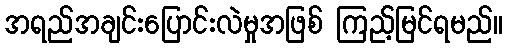
အရည်အချင်းပြောင်းလဲမှုအဖြစ် ကြည့်မြင်ရမည်။